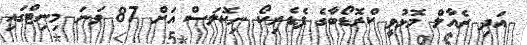
އަދި ރެއާލް މޮޅުވީ ކްރޮޑޯބާގެ ފެޑެރިކޯ ނިކޮލަސް އަށް 87 ވަނަ މިނިޓްގައި